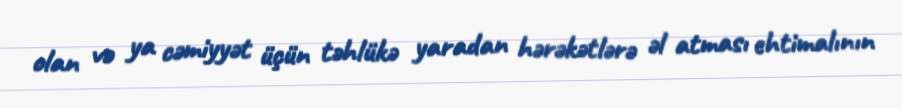
olan və ya cəmiyyət üçün təhlükə yaradan hərəkətlərə əl atması ehtimalının